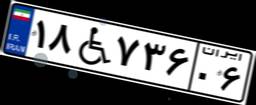
۷۶W۲۳۸۳۳